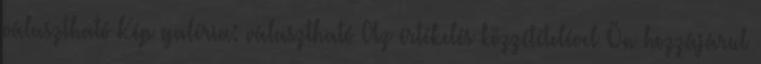
választható Kép galéria: választható Az értékelés közzétételével Ön hozzájárul